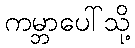
ကမ္ဘာပေါ်သို့